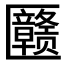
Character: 𱑉